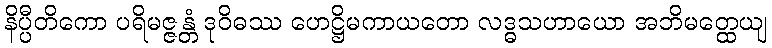
နိပ္ပီတိကော ပရိမဇ္ဇန္တံ ဒုဝိဓဿ ဟေဋ္ဌိမကာယတော လဒ္ဓသဟာယော အဘိမတ္ထေယျ